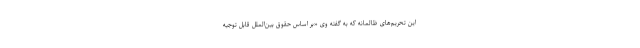
این تحریم‌های ظالمانه که به گفته وی «بر اساس حقوق بین‌الملل قابل توجیه